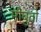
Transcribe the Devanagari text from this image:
मोबुतो